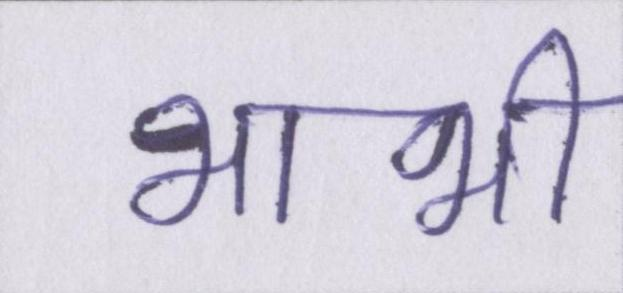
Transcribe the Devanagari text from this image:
भाभी